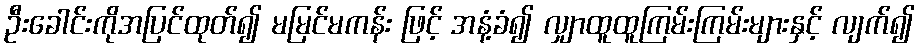
ဦးခေါင်းကိုအပြင်ထုတ်၍ မမြင်မကန်း ဖြင့် အနံ့ခံ၍ လျှာထူထူကြမ်းကြမ်းများနှင့် လျက်၍